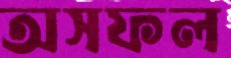
অসফল